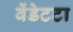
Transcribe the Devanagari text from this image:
वेंडेटटा